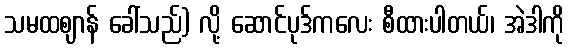
သမထဈာန် ခေါ်သည်) လို့ ဆောင်ပုဒ်ကလေး စီထားပါတယ်၊ အဲဒါကို